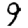
Digit: 9